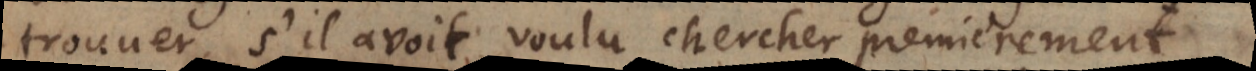
trouver, s’il avoit voulu chercher premierement